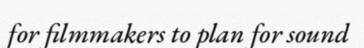
for filmmakers to plan for sound